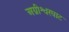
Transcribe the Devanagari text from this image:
अग्नीश्वरघाट